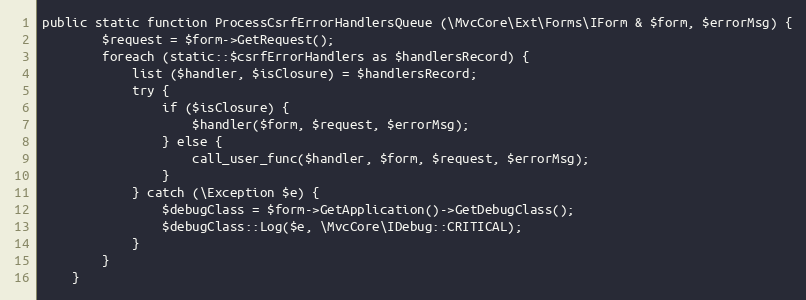
Language: PHP
public static function ProcessCsrfErrorHandlersQueue (\MvcCore\Ext\Forms\IForm & $form, $errorMsg) {
		$request = $form->GetRequest();
		foreach (static::$csrfErrorHandlers as $handlersRecord) {
			list ($handler, $isClosure) = $handlersRecord;
			try {
				if ($isClosure) {
					$handler($form, $request, $errorMsg);
				} else {
					call_user_func($handler, $form, $request, $errorMsg);
				}
			} catch (\Exception $e) {
				$debugClass = $form->GetApplication()->GetDebugClass();
				$debugClass::Log($e, \MvcCore\IDebug::CRITICAL);
			}
		}
	}